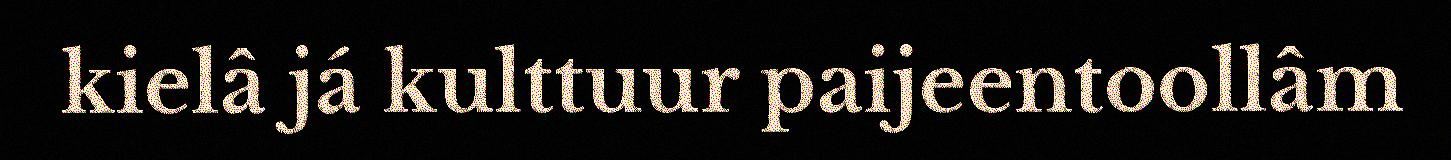
kielâ já kulttuur paijeentoollâm